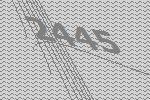
2445